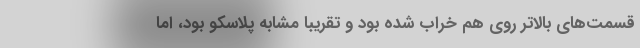
قسمت‌های بالاتر روی هم خراب شده بود و تقریبا مشابه پلاسکو بود، اما